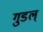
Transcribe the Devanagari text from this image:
गुडल्